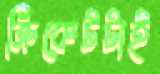
ক্রিকেটটাই